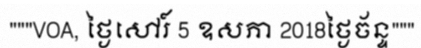
"""VOA, ថ្ងៃសៅរ៍ 5 ឧសភា 2018ថ្ងៃច័ន្ទ"""